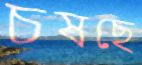
চষছে